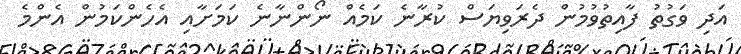
އަދި ވަގުތު ފާއިތުވުމުން ދެރަވިޔަސް ކުރާނެ ކަމެއް ނޯންނާނެ ކަމަށާއި އެހެންކަމުން އެންމެ